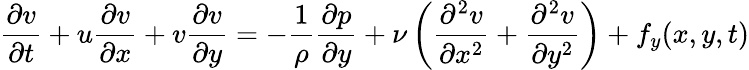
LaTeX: {\frac{\partial v}{\partial t}}+u{\frac{\partial v}{\partial x}}+v{\frac{\partial v}{\partial y}}=-{\frac{1}{\rho}}{\frac{\partial p}{\partial y}}+\nu\left({\frac{\partial^{2}v}{\partial x^{2}}}+{\frac{\partial^{2}v}{\partial y^{2}}}\right)+f_{y}(x,y,t)